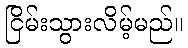
ငြိမ်းသွားလိမ့်မည်။